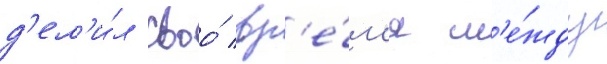
д'ел'и́л своо́ вр'е́м'я м'е́жду